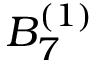
{ B } _ { 7 } ^ { ( 1 ) }